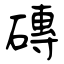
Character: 磚